65_HS1-834228961_62-HQ-83894_Section_5
Agency: FBI
Page 113
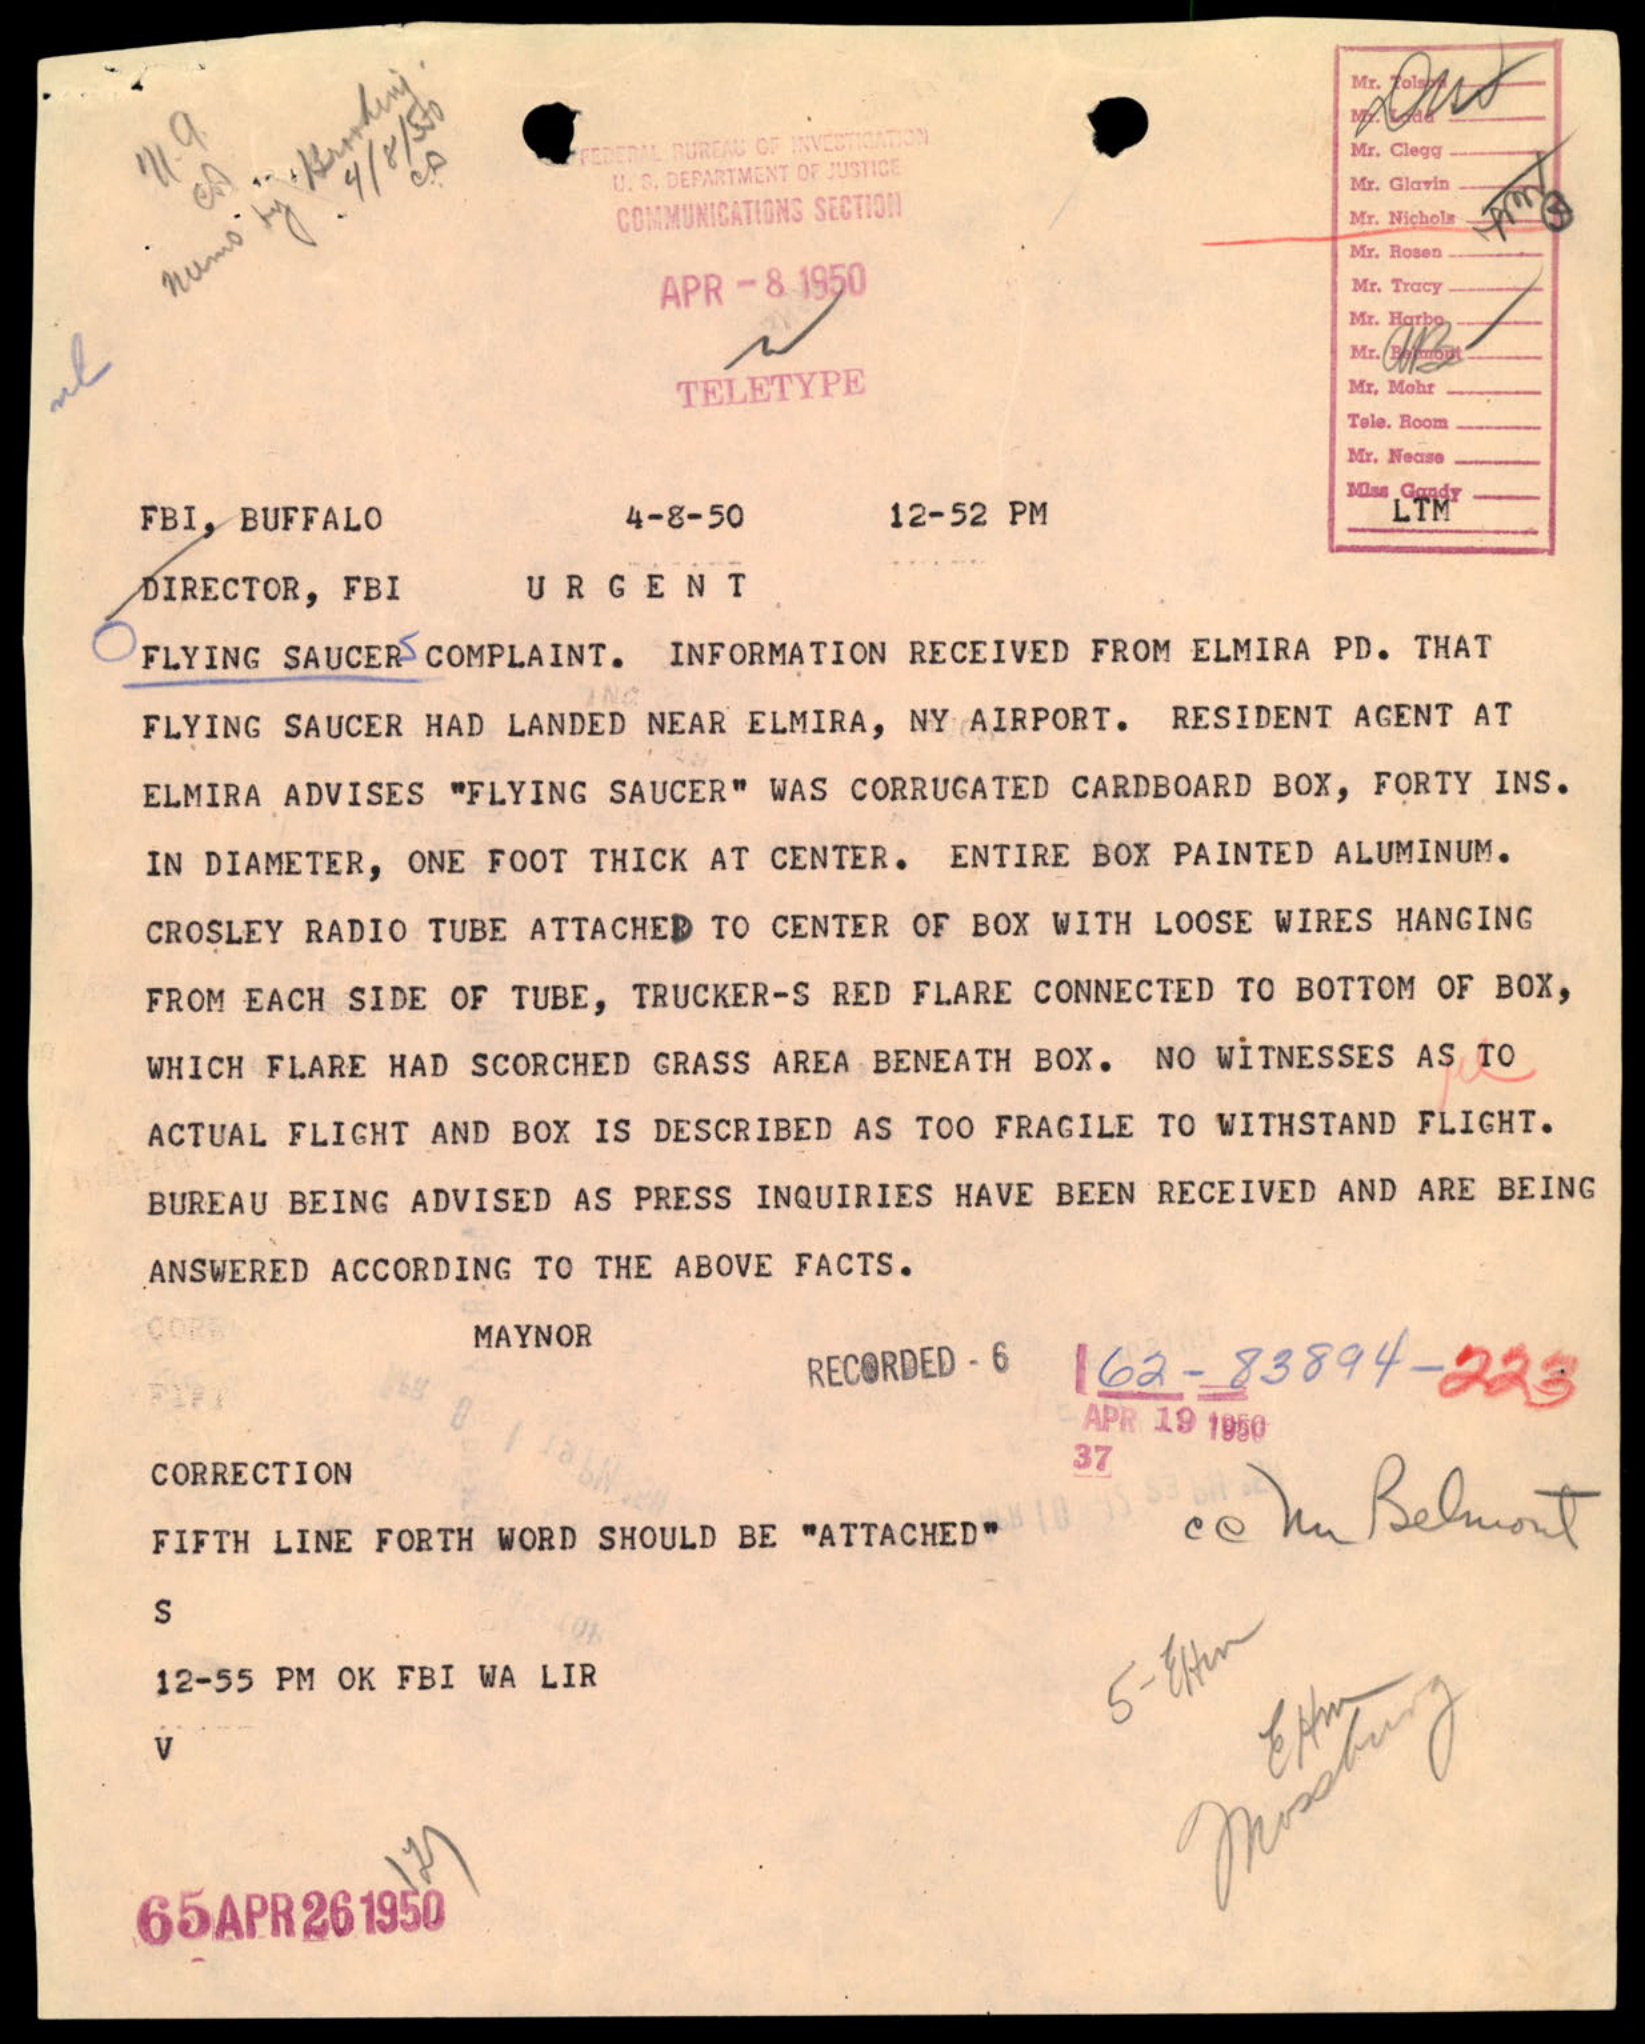